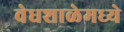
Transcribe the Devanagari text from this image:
वेधशाळेमध्ये